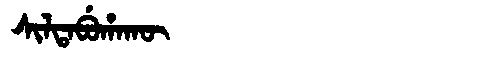
Manchu: ᠰᡳᠯᡨᠠᠪᡠᡥᠠᡴᡡ
Romanization: SILTABUHAKŪ